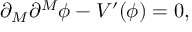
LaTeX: \partial _ { M } \partial ^ { M } \phi - V ^ { \prime } ( \phi ) = 0 ,